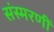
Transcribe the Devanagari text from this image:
संस्मरणीं